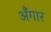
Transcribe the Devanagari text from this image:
अँगार